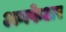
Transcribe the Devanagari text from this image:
अनफेअर